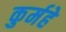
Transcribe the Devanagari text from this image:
कुर्महे